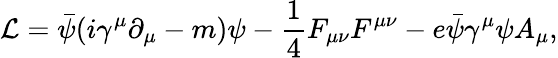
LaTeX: {\mathcal{L}}={\bar{\psi}}(i\gamma^{\mu}\partial_{\mu}-m)\psi-{\frac{1}{4}}F_{\mu\nu}F^{\mu\nu}-e{\bar{\psi}}\gamma^{\mu}\psi A_{\mu},